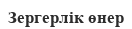
Зергерлік өнер